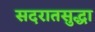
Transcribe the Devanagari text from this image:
सदरातसुद्धा